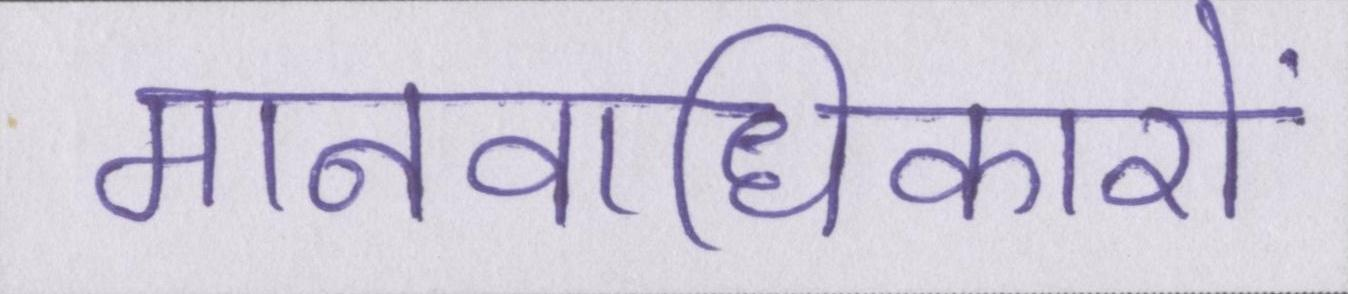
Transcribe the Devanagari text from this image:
मानवाधिकारों